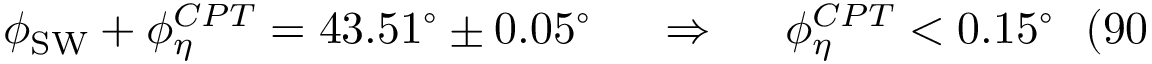
\phi _ { \mathrm { S W } } + \phi _ { \eta } ^ { C P T } = 4 3 . 5 1 ^ { \circ } \pm 0 . 0 5 ^ { \circ } ~ ~ ~ ~ \Rightarrow ~ ~ ~ ~ \phi _ { \eta } ^ { C P T } < 0 . 1 5 ^ { \circ } ~ ~ ( 9 0 \